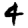
Digit: 4